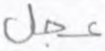
عجل